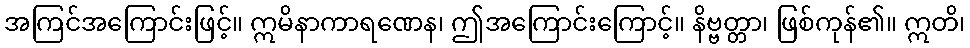
အကြင်အကြောင်းဖြင့်။ ဣမိနာကာရဏေန၊ ဤအကြောင်းကြောင့်။ နိဗ္ဗတ္တာ၊ ဖြစ်ကုန်၏။ ဣတိ၊